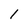
Character: 1